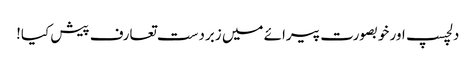
دلچسپ اور خوبصورت پیرائے میں زبردست تعارف پیش کیا!